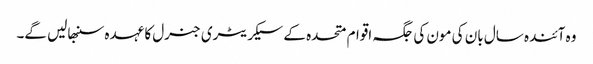
وہ آئندہ سال بان کی مون کی جگہ اقوام متحدہ کے سیکریٹری جنرل کا عہدہ سنبھالیں گے۔